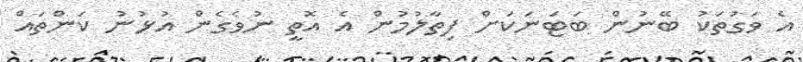
އެ ވަގުތަކު ބޭނުން ބަޓަނަކަށް ފިތާލުމުން އެ އޮތީ ނުވެގެން އުޅުނު ކަންތައް